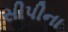
સીપીના